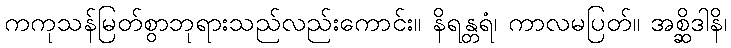
ကကုသန်မြတ်စွာဘုရားသည်လည်းကောင်း။ နိရန္တရံ၊ ကာလမပြတ်။ အစ္ဆိဒါနိ၊